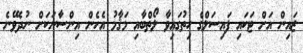
ޒައިން އަށް ޓަކައި ފައިސަލްގެ ހިތުގައިވާ ލޯތްބާއި މަޤާމު އެހެން އިންސާނަކަށް ނުދެވޭނެ